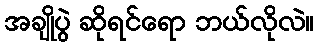
အချိုပွဲ ဆိုရင်ရော ဘယ်လိုလဲ။